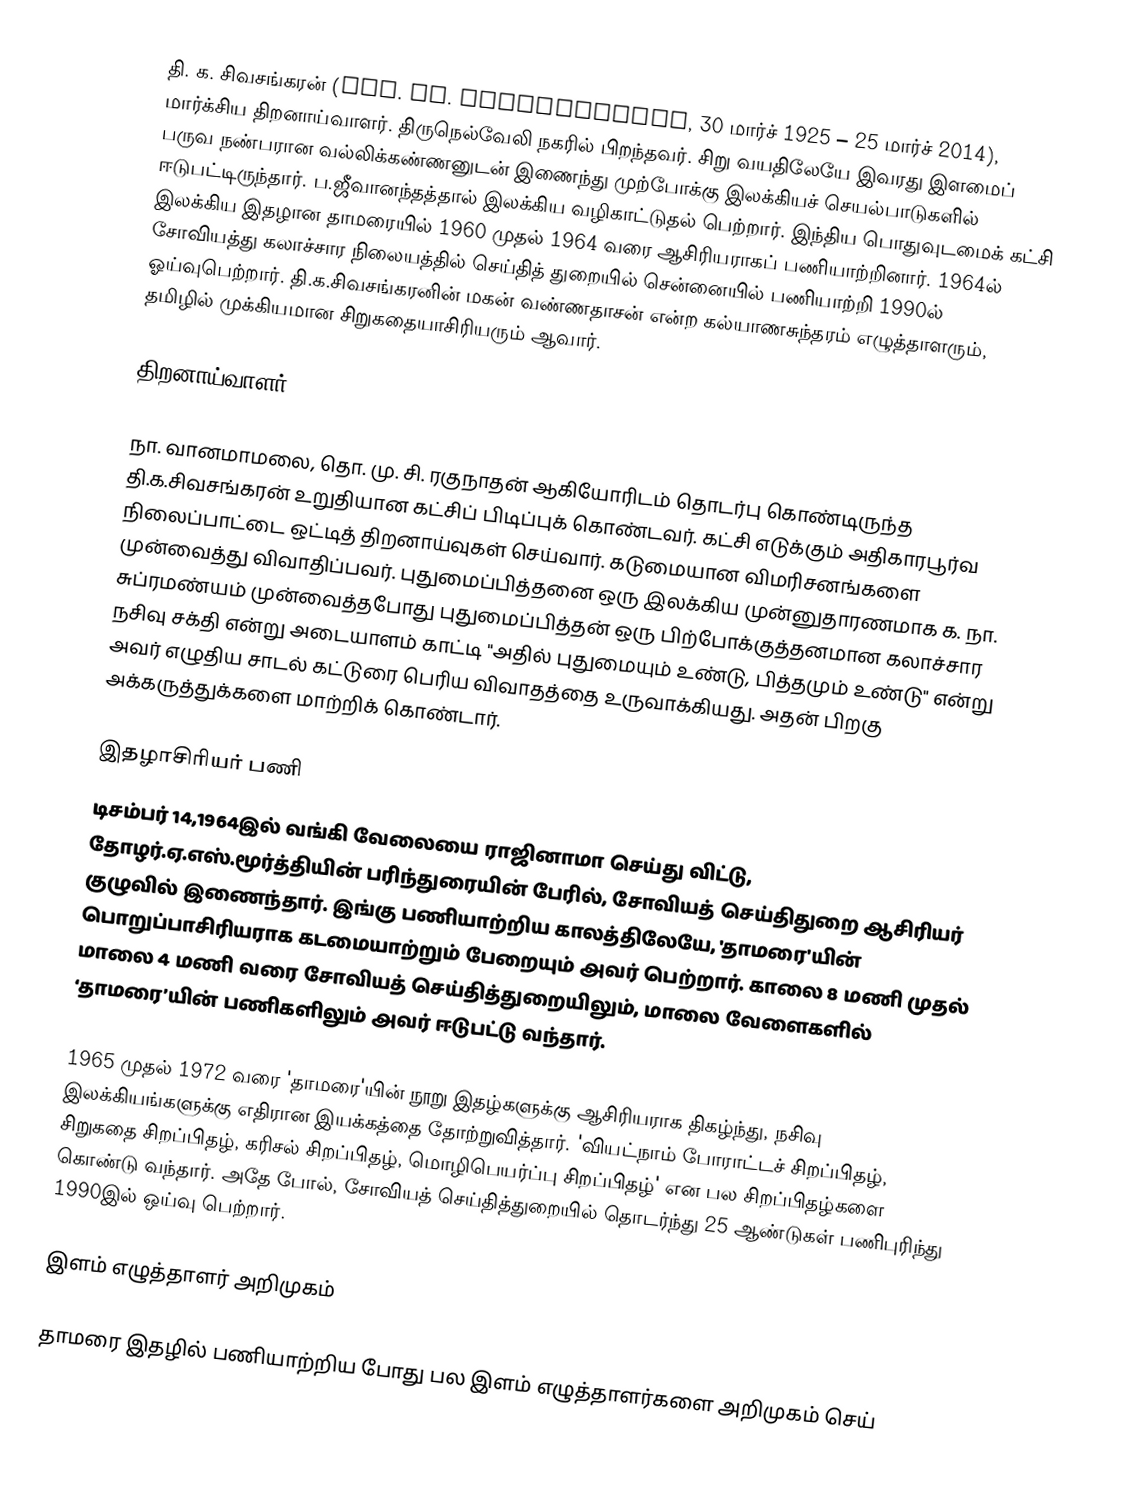
தி. க. சிவசங்கரன் (Thi. Ka. Sivasankaran, 30 மார்ச் 1925 – 25 மார்ச் 2014), மார்க்சிய திறனாய்வாளர். திருநெல்வேலி நகரில் பிறந்தவர். சிறு வயதிலேயே இவரது இளமைப் பருவ நண்பரான வல்லிக்கண்ணனுடன் இணைந்து முற்போக்கு இலக்கியச் செயல்பாடுகளில் ஈடுபட்டிருந்தார். ப.ஜீவானந்தத்தால் இலக்கிய வழிகாட்டுதல் பெற்றார்.  இந்திய பொதுவுடமைக் கட்சி இலக்கிய இதழான தாமரையில் 1960 முதல் 1964 வரை ஆசிரியராகப் பணியாற்றினார். 1964ல் சோவியத்து கலாச்சார நிலையத்தில் செய்தித் துறையில் சென்னையில் பணியாற்றி 1990ல் ஓய்வுபெற்றார். தி.க.சிவசங்கரனின் மகன் வண்ணதாசன் என்ற கல்யாணசுந்தரம் எழுத்தாளரும், தமிழில் முக்கியமான சிறுகதையாசிரியரும் ஆவார்.

திறனாய்வாளர்

நா. வானமாமலை, தொ. மு. சி. ரகுநாதன் ஆகியோரிடம் தொடர்பு கொண்டிருந்த தி.க.சிவசங்கரன் உறுதியான கட்சிப் பிடிப்புக் கொண்டவர்.  கட்சி எடுக்கும் அதிகாரபூர்வ நிலைப்பாட்டை ஒட்டித் திறனாய்வுகள் செய்வார். கடுமையான விமரிசனங்களை முன்வைத்து விவாதிப்பவர். புதுமைப்பித்தனை ஒரு இலக்கிய முன்னுதாரணமாக க. நா. சுப்ரமண்யம் முன்வைத்தபோது புதுமைப்பித்தன் ஒரு பிற்போக்குத்தனமான கலாச்சார நசிவு சக்தி என்று அடையாளம் காட்டி "அதில் புதுமையும் உண்டு, பித்தமும் உண்டு" என்று அவர் எழுதிய சாடல் கட்டுரை பெரிய விவாதத்தை உருவாக்கியது. அதன் பிறகு அக்கருத்துக்களை மாற்றிக் கொண்டார்.

இதழாசிரியர் பணி
டிசம்பர் 14,1964இல் வங்கி வேலையை ராஜினாமா செய்து விட்டு, தோழர்.ஏ.எஸ்.மூர்த்தியின் பரிந்துரையின் பேரில், சோவியத் செய்திதுறை ஆசிரியர் குழுவில் இணைந்தார்.  இங்கு பணியாற்றிய காலத்திலேயே, 'தாமரை'யின் பொறுப்பாசிரியராக கடமையாற்றும் பேறையும் அவர் பெற்றார். காலை 8 மணி முதல் மாலை 4 மணி வரை சோவியத் செய்தித்துறையிலும், மாலை வேளைகளில் ‘தாமரை’யின் பணிகளிலும் அவர் ஈடுபட்டு வந்தார்.

1965 முதல் 1972 வரை 'தாமரை'யின் நூறு இதழ்களுக்கு ஆசிரியராக திகழ்ந்து, நசிவு இலக்கியங்களுக்கு எதிரான இயக்கத்தை தோற்றுவித்தார். 'வியட்நாம் போராட்டச் சிறப்பிதழ், சிறுகதை சிறப்பிதழ், கரிசல் சிறப்பிதழ், மொழிபெயர்ப்பு சிறப்பிதழ்' என பல சிறப்பிதழ்களை கொண்டு வந்தார். அதே போல், சோவியத் செய்தித்துறையில் தொடர்ந்து 25 ஆண்டுகள் பணிபுரிந்து 1990இல் ஒய்வு பெற்றார்.

இளம் எழுத்தாளர் அறிமுகம்

தாமரை இதழில் பணியாற்றிய போது பல இளம் எழுத்தாளர்களை அறிமுகம் செய்